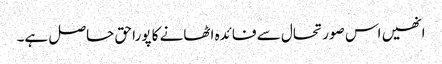
انھیں اس صورتحال سے فائدہ اٹھانے کا پورا حق حاصل ہے۔